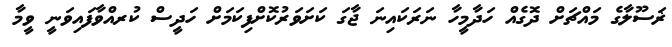
ޜަސޫލާގެ މައްޗަށް ދޮގެއް ހަދާމީހާ ނަރަކައިނަ ޖާގަ ކަށަވަރުކޮށްފިކަމަށް ހަދީސް ކުރއްވާފައިވަނީ ވީމާ